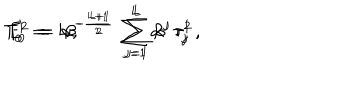
T _ { 0 } ^ { 1 } \; = \; \alpha ^ { - \frac { L + 1 } { 2 } } \; \sum _ { j = 1 } ^ { L } \alpha ^ { j } \, \tau _ { j } ^ { 1 } \, , \hspace { 1 . 5 c m } T _ { 0 } ^ { 2 } \; = \; \beta ^ { - \frac { L + 1 } { 2 } } \; \sum _ { j = 1 } ^ { L } \beta ^ { j } \, \tau _ { j } ^ { 2 } \, , \hspace { 1 . 5 c m } E \; = \; L \, ,